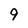
Character: 9